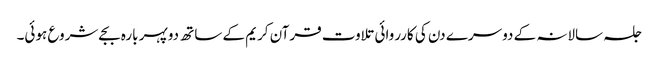
جلسہ سالانہ کے دوسرے دن کی کارروائی تلاوت قرآن کریم کے ساتھ دوپہر بارہ بجےشروع ہوئی۔